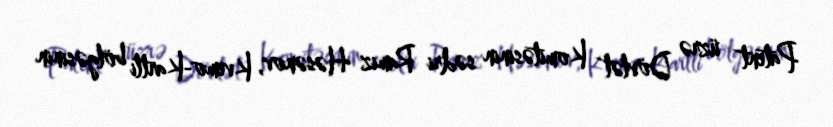
Patent üzrə Dövlət Komitəsinin sədri Ramiz Həsənov, Kvemo-Kartli bölgəsinin